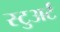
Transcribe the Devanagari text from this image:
स्‍टुअर्ट